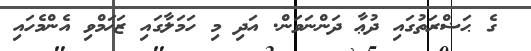
ގެ ޙަޟްރަތުގައި ދުޢާ ދަންނަވަން. އަދި މި ހަމަލާގައި ޒަޚަމްވި އެންމެހައި